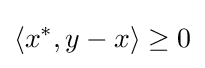
\langle x^{*},y-x\rangle \geq 0